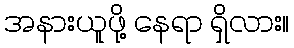
အနားယူဖို့ နေရာ ရှိလား။